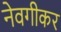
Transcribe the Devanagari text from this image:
नेवगीकर